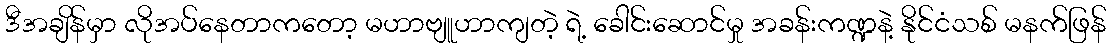
ဒီအချိန်မှာ လိုအပ်နေတာကတော့ မဟာဗျူဟာကျတဲ့ ရဲ့ ခေါင်းဆောင်မှု အခန်းကဏ္ဍနဲ့ နိုင်ငံသစ် မနက်ဖြန်